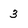
Character: 3